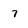
Character: 7